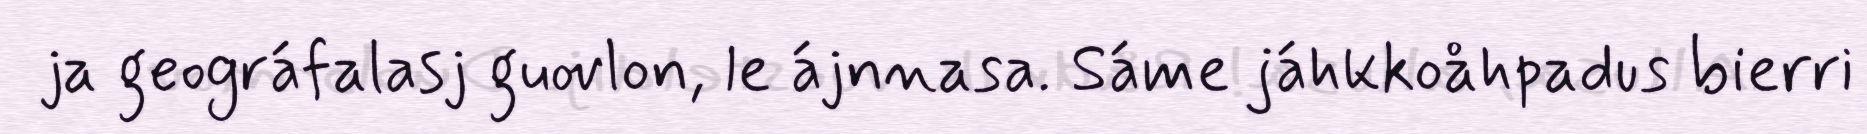
ja geográfalasj guovlon, le ájnnasa. Sáme jáhkkoåhpadus bierri